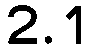
2.1